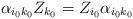
LaTeX: \begin{align*} \alpha_{i_0 k_0} Z_{k_0} = Z_{i_0} \alpha_{i_0k_0}\end{align*}